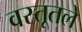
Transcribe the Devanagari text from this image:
वस्तूतले